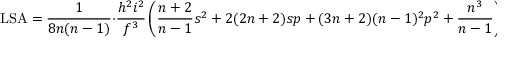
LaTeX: \mathrm { L S A } = { \frac { 1 } { 8 n ( n - 1 ) } } \cdot { \frac { h ^ { 2 } i ^ { 2 } } { f ^ { 3 } } } \left( { \frac { n + 2 } { n - 1 } } s ^ { 2 } + 2 ( 2 n + 2 ) s p + ( 3 n + 2 ) ( n - 1 ) ^ { 2 } p ^ { 2 } + { \frac { n ^ { 3 } } { n - 1 } } \right)